Leaving Certificate, 1901
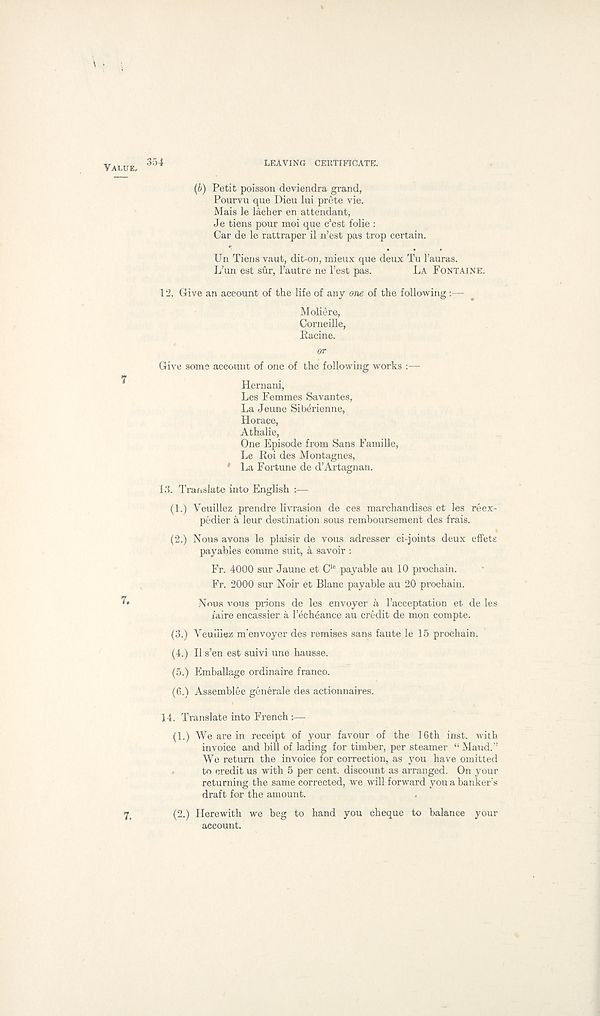
354
LEAVING CERTIFICATE.
(b) Petit poisson deviendra grand,
Pourvu que Dieu lui prete vie.
Mais le lacher en attendant,
Je tiens pour moi que c’est folie :
Car de le rattraper il n’est pas trop certain.
Un Tiens vaut, dit-on, mieux que deux Tu I’auras.
L’un est sur, 1’autre ne Test pas.
LA FONTAINE.
12. Grive an account of the life of any one of the following:—
Moliere,
Corneille,
Racine.
or
Give some account of one of the following works :—
Hernani,
Les Femmes Savantes,
La Jeune Siberienne,
Horace,
Athalie,
One Episode from Sans Famille,
Le Roi des Montagnes,
' La Fortune de d’Artagnan.
13. Translate into English :—
(1.) Yeuillez prendre livrasion de ces marchandises et les reex-
pedier a leur destination sous remhoursement des frais.
(2.) Nous avons le plaisir de vous adresser ci-joints deux effete
payables comme suit, a savoir :
Fr. 4000 sur Jaune et C ie payable au 10 prochain.
Fr. 2000 sur Noir et Blanc payable au 20 prochain.
Nous vous prions de les envoyer & 1’acceptation et de les
laire encassier a 1’echeance au credit de mon compte.
(3.) Veuiiiez nr envoyer des remises sans faute le 15 prochain.
(4.) II s’en est suivi une hausse.
(5.) Emballage ordinaire franco.
(6.) Assemblee generale des actionnaires.
14. Translate into French :—
(1.) We are in receipt of your favour of the 16th inst. with
invoice and bill of lading for timber, per steamer “ Maud/’
We return the invoice for correction, as you have omitted
to credit us with 5 per cent, discount as arranged. On your
returning the same corrected, we will forward you a banker's
draft for the amount.
(2.) Herewith we beg to hand you cheque to balance your
account.